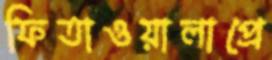
ফিতাওয়ালাপ্রে